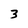
Character: 3